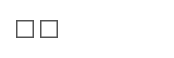
٢٧